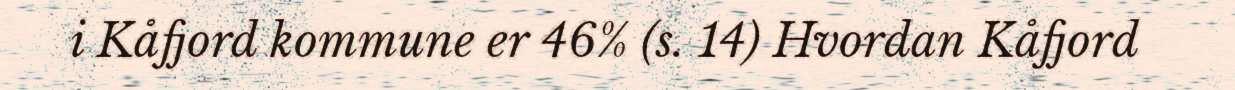
i Kåfjord kommune er 46% (s. 14) Hvordan Kåfjord